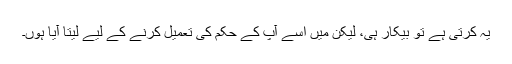
یہ کرتی ہے تو بیکار ہی، لیکن میں اسے آپ کے حکم کی تعمیل کرنے کے لیے لیتا آیا ہوں۔